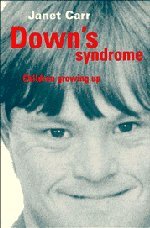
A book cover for Down's Syndrome: Children Growing Up; Janet Carr; Health, Fitness & Dieting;